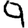
Digit: 9